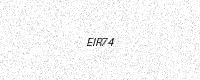
Text: EIR74